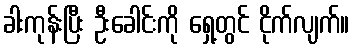
ခါးကုန်းပြီး ဦးခေါင်းကို ရှေ့တွင် ငိုက်လျက်။